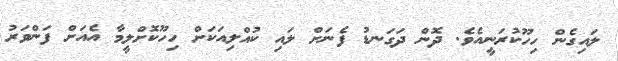
ލައިގެން ހިހޫކުރަނީއެވެ. ދޮން ދަގަނޑު ފެނަށް ލައި ކުއްލިއަކަށް ހިހޫކޮށްލީމާ އެއަށް ފަންވަރު